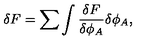
\delta F = \sum \int { \frac { \delta F } { \delta \phi _ { A } } } \delta \phi _ { A } ,